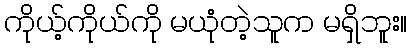
ကိုယ့်ကိုယ်ကို မယုံတဲ့သူက မရှိဘူး။